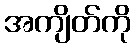
အကျိတ်ကို